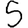
Digit: 5